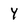
Character: Y